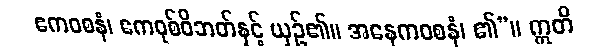
ဧကဝစနံ၊ ဧကဝုစ်ဝိဘတ်နှင့် ယှဉ်၏။ အနေကဝစနံ၊ ၏”။ ဣတိ